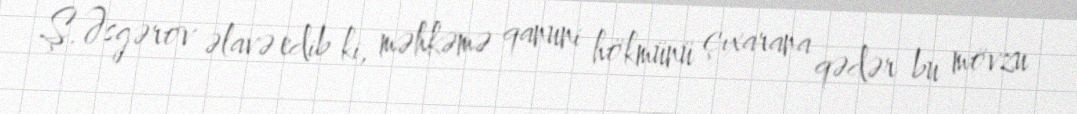
Ş.Əsgərov əlavə edib ki, məhkəmə qanuni hökmünü çıxarana qədər bu mövzu